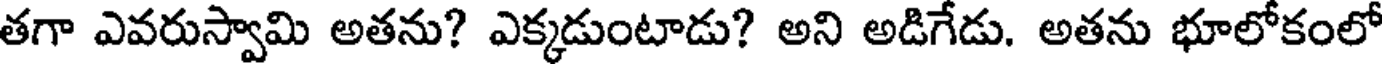
తగా ఎవరుస్వామి అతను? ఎక్కడుంటాడు? అని అడిగేడు. అతను భూలోకంలో